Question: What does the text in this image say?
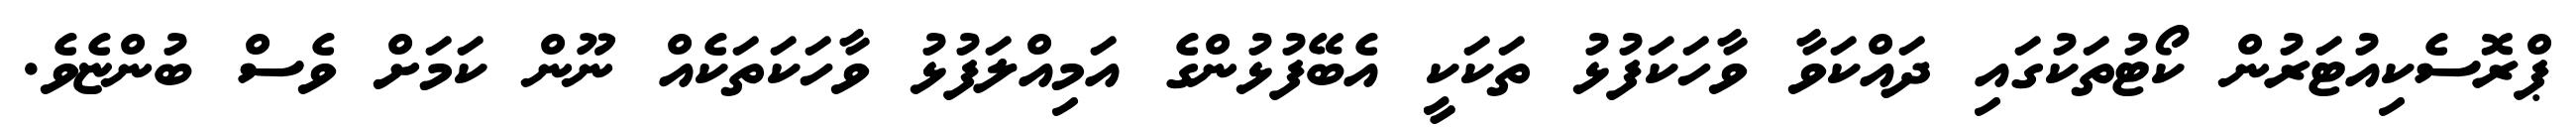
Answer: ޕްރޮސެކިއުޓަރުން ކޯޓުތަކުގައި ދައްކަވާ ވާހަކަފުޅު ތަކަކީ އެބޭފުޅުންގެ އަމިއްލަފުޅު ވާހަކަތަކެއް ނޫން ކަމަށް ވެސް ބުންޏެވެ.